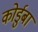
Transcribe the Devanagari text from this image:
कोर्डुबा